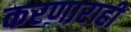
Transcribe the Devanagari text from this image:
करणाराही